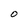
Character: O